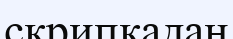
скрипкадан